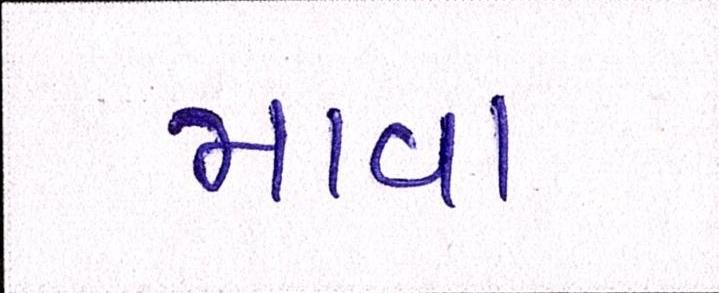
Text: માવા